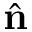
\hat { \bf n }